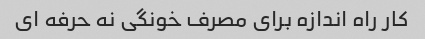
کار راه اندازه برای مصرف خونگی نه حرفه ای